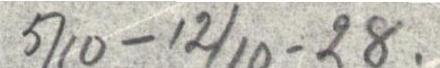
5/10 - 12/10 -28.